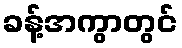
ခန့်အကွာတွင်